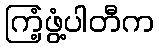
ကြံ့ဖွံ့ပါတီက